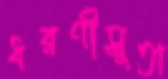
ধরণীসুতা